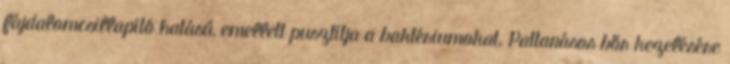
fájdalomcsillapító hatású, emellett pusztítja a baktériumokat. Pattanásos bőr kezelésére